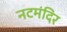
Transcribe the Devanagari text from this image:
नटमंदिर